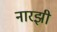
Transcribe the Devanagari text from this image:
नारझी